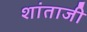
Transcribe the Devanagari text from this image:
शांताजी